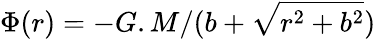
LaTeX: \Phi(r)=-{G.M}/{(b+\sqrt{r^{2}+b^{2}})}